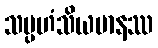
သမ္ပဟံသိယမာနဿ